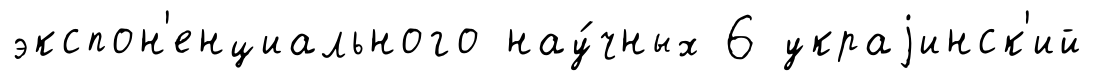
экспон'енциального нау́чных 6 украjинск'ий